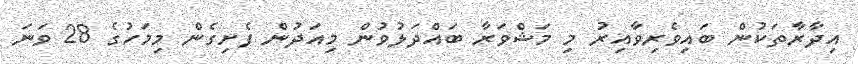
އިދާރާތަކުން ބައިވެރިވާއިރު މި މަޝްވަރާ ބައްދަލުވުން މިއަދުން ފެށިގެން މިމަހުގެ 28 ވަނަ